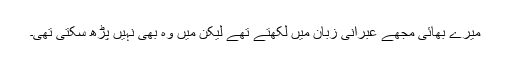
میرے بھائی مجھے عبرانی زبان میں لکھتے تھے لیکن میں وہ بھی نہیں پڑھ سکتی تھی۔